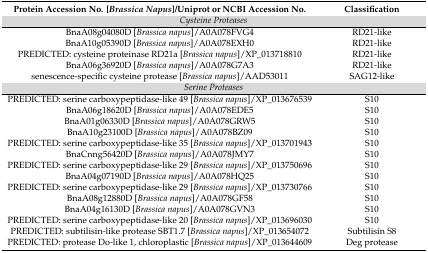
<table><thead><tr><td><b>Protein Accession No. [<i>Brassica Napus</i>]/Uniprot or NCBI Accession No.</b></td><td><b>Classification</b></td></tr></thead><tbody><tr><td colspan="2"><i>Cysteine Proteases</i></td></tr><tr><td>BnaA08g04080D [<i>Brassica napus</i>]/A0A078FVG4</td><td>RD21-like</td></tr><tr><td>BnaA10g05390D [<i>Brassica napus</i>]/A0A078EXH0</td><td>RD21-like</td></tr><tr><td>PREDICTED: cysteine proteinase RD21a [<i>Brassica napus</i>]/XP_013718810</td><td>RD21-like</td></tr><tr><td>BnaA06g36920D [<i>Brassica napus</i>]/A0A078G7A3</td><td>RD21-like</td></tr><tr><td>senescence-specific cysteine protease [<i>Brassica napus</i>]/AAD53011</td><td>SAG12-like</td></tr><tr><td colspan="2"><i>Serine Proteases</i></td></tr><tr><td>PREDICTED: serine carboxypeptidase-like 49 [<i>Brassica napus</i>]/XP_013676539</td><td>S10</td></tr><tr><td>BnaA06g18620D [<i>Brassica napus</i>]/A0A078EDE5</td><td>S10</td></tr><tr><td>BnaA01g06330D [<i>Brassica napus</i>]/A0A078GRW5</td><td>S10</td></tr><tr><td>BnaA10g23100D [<i>Brassica napus</i>]/A0A078BZ09</td><td>S10</td></tr><tr><td>PREDICTED: serine carboxypeptidase-like 35 [<i>Brassica napus</i>]/XP_013701943</td><td>S10</td></tr><tr><td>BnaCnng56420D [<i>Brassica napus</i>]/A0A078JMY7</td><td>S10</td></tr><tr><td>PREDICTED: serine carboxypeptidase-like 29 [<i>Brassica napus</i>]/XP_013750696</td><td>S10</td></tr><tr><td>BnaA04g07190D [<i>Brassica napus</i>]/A0A078HQ25</td><td>S10</td></tr><tr><td>PREDICTED: serine carboxypeptidase-like 29 [<i>Brassica napus</i>]/XP_013730766</td><td>S10</td></tr><tr><td>BnaA08g12880D [<i>Brassica napus</i>]/A0A078GF58</td><td>S10</td></tr><tr><td>BnaA04g16130D [<i>Brassica napus</i>]/A0A078GVN3</td><td>S10</td></tr><tr><td>PREDICTED: serine carboxypeptidase-like 20 [<i>Brassica napus</i>]/XP_013696030</td><td>S10</td></tr><tr><td>PREDICTED: subtilisin-like protease SBT1.7 [<i>Brassica napus</i>]/XP_013654072</td><td>Subtilisin S8</td></tr><tr><td>PREDICTED: protease Do-like 1, chloroplastic [<i>Brassica napus</i>]/XP_013644609</td><td>Deg protease</td></tr></tbody></table>